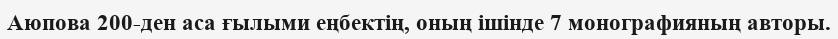
Аюпова 200-ден аса ғылыми еңбектің, оның ішінде 7 монографияның авторы.